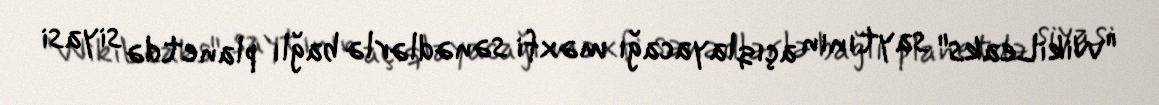
"WikiLeaks" saytının açıqlayacağı məxfi sənədlərlə bağlı planetdə siyasi